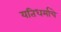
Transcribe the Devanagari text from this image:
यतिधर्माचे